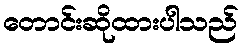
တောင်းဆိုထားပါသည်